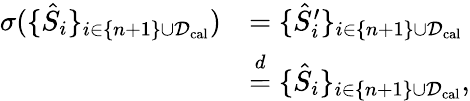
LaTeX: \begin{array}{rl}{\sigma(\{ \hat{S}_{i}\} _{i\in\{ n+1\} \cup\mathcal{D}_{\mathrm{cal}}})}&{=\{ \hat{S}_{i}^{\prime}\} _{i\in\{ n+1\} \cup\mathcal{D}_{\mathrm{cal}}}}\\ &{\overset{d}{=}\{ \hat{S}_{i}\} _{i\in\{ n+1\} \cup\mathcal{D}_{\mathrm{cal}}},}\end{array}